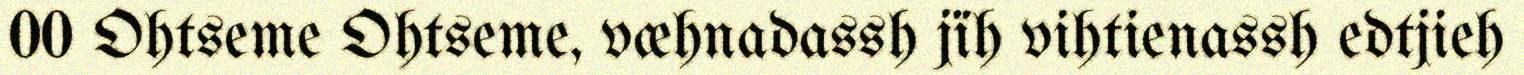
00 Ohtseme Ohtseme, væhnadassh jïh vihtienassh edtjieh